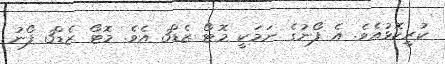
ކުރީކޮޅުއެވެ. އެ ފޯނުގެ ނަމަކީ މޮޓޯ ޒެޑް3 އެވެ. މޮޓޯ ޒެޑް3 ފޯނު